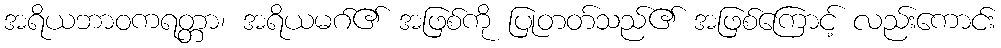
အရိယဘာဝကရတ္တာ၊ အရိယမဂ်၏ အဖြစ်ကို ပြုတတ်သည်၏ အဖြစ်ကြောင့် လည်းကောင်း